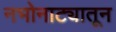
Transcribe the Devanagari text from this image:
नभोनाट्यातून